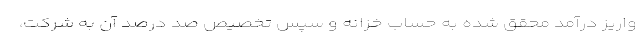
واریز درآمد محقق شده به حساب خزانه و سپس تخصیص صد درصد آن به شرکت،